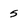
Character: 5